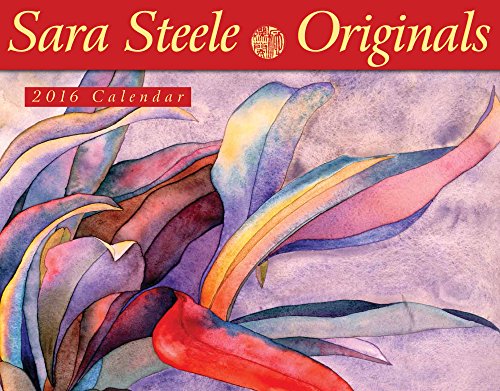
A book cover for Sara Steele Originals 2016 Calendar 11x14; Sara Steele; Calendars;